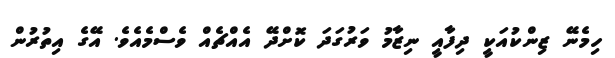
ހިމެނޭ ޒިންކުއަކީ ދިފާއީ ނިޒާމު ވަރުގަދަ ކޮށްދޭ އެއްޗެއް ވެސްމެއެވެ. އޭގެ އިތުރުން